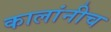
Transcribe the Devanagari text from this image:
कालांनीच